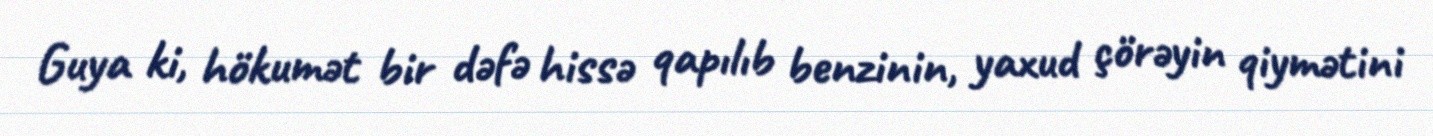
Guya ki, hökumət bir dəfə hissə qapılıb benzinin, yaxud çörəyin qiymətini